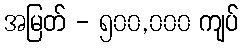
အမြတ် - ၅၀၀,၀၀၀ ကျပ်